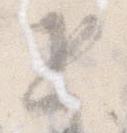
返